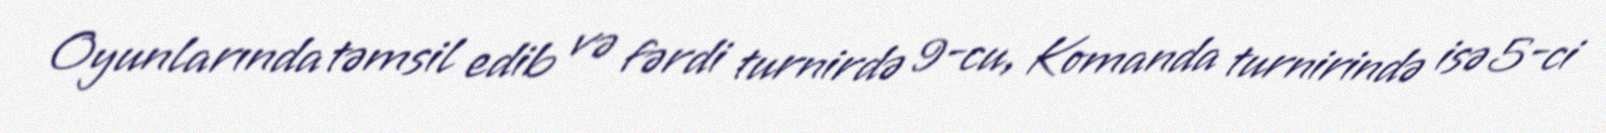
Oyunlarında təmsil edib və fərdi turnirdə 9-cu, Komanda turnirində isə 5-ci